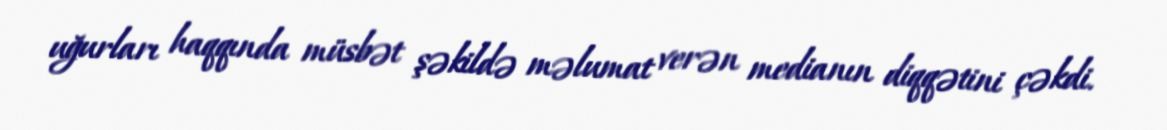
uğurları haqqında müsbət şəkildə məlumat verən medianın diqqətini çəkdi.